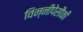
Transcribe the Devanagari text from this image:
विन्नीपेसौकी